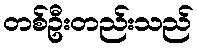
တစ်ဦးတည်းသည်